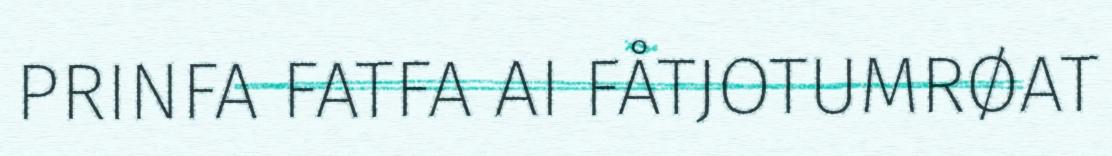
PRINFA FATFA AI FÅTJOTUMRØAT